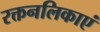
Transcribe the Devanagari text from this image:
रक्तनलिकाएं